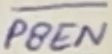
Text: PSEN